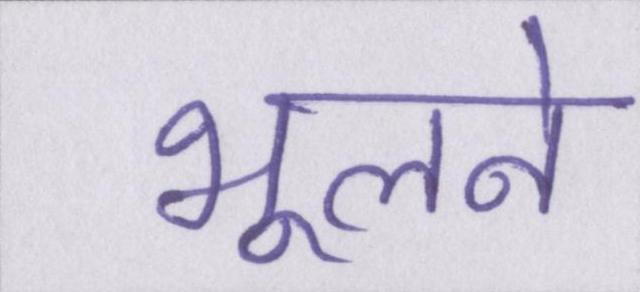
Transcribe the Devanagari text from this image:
भूलने